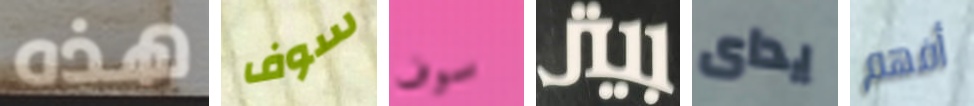
هذه سوف سوف بيتر يداى أفهم